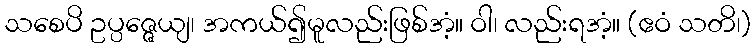
သစေပိ ဥပ္ပဇ္ဇေယျ၊ အကယ်၍မူလည်းဖြစ်အံ့။ ဝါ၊ လည်းရအံ့။ (ဧဝံ သတိ၊)